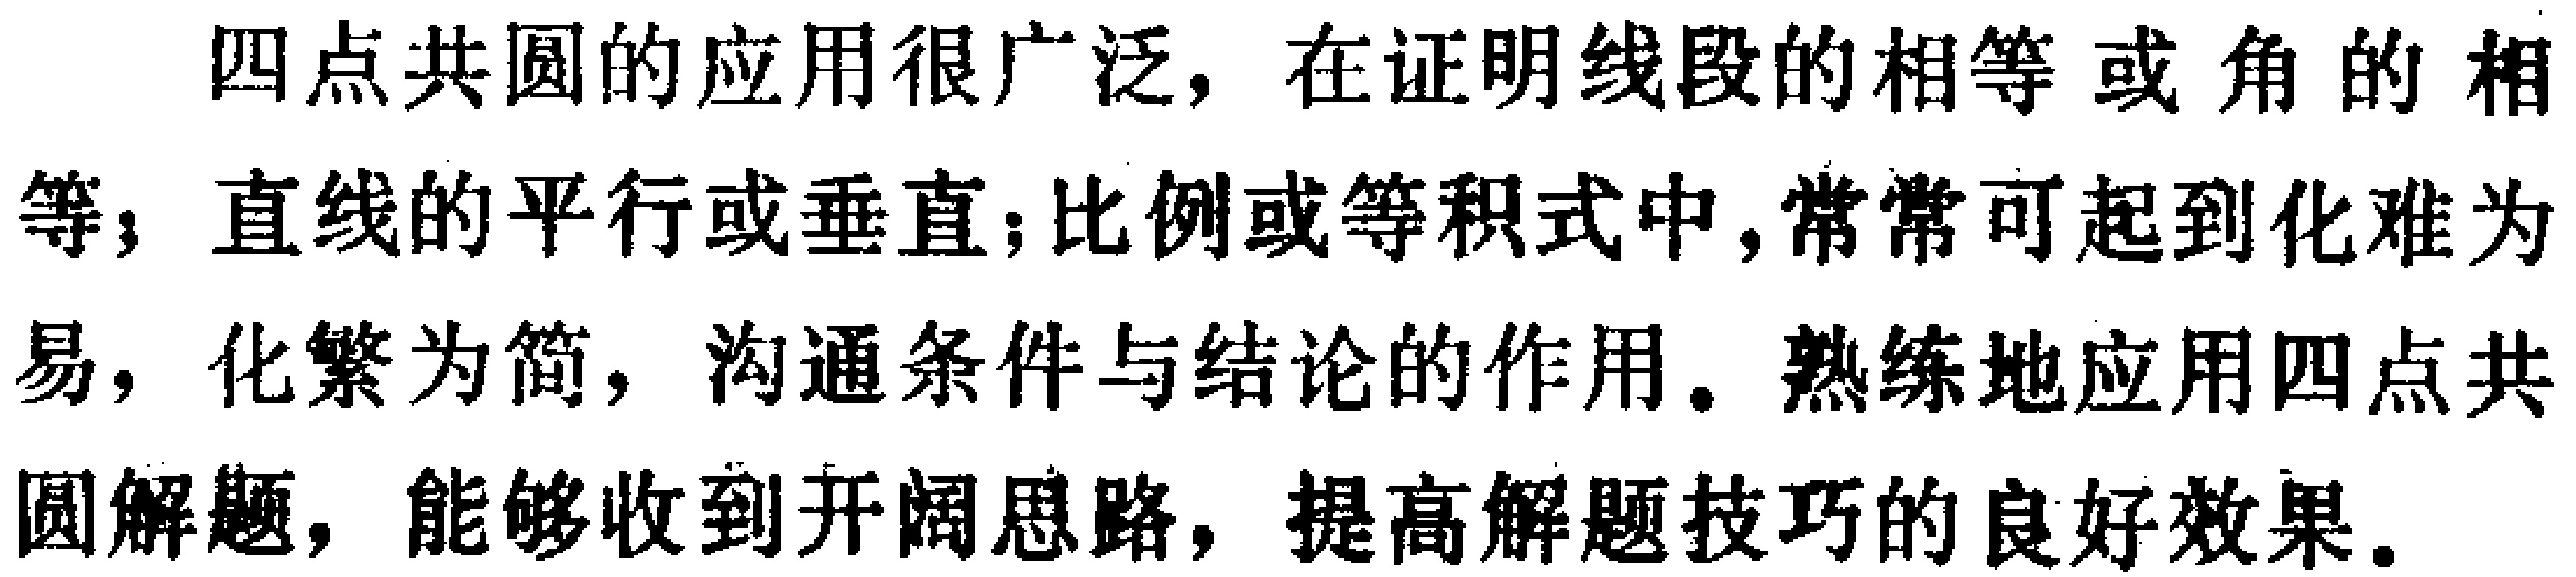
四点共圆的应用很广泛，在证明线段的相等或角的相等；直线的平行或垂直；比例或等积式中，常常可起到化难为易，化繁为简，沟通条件与结论的作用。熟练地应用四点共圆解题，能够收到开阔思路，提高解题技巧的良好效果。